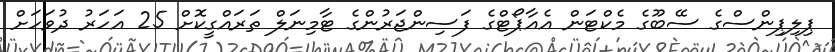
ޕިލިޕިންސްގެ ސޭބޫގެ މެކްޓަން އެއާޕޯޓްގެ ފަސިންޖަރުންގެ ޓާމިނަލް ތަރައްގީކޮށް 25 އަހަރު ދުވަހަށް